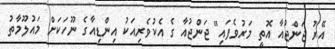
އޭރު ޖަންޖުއާ އޮތީ މަރުވެފައި" ޖަންޖުއާ ގެ އެކުވެރިއަކު އިންޑިއާގެ ނޫހަކަށް މައުލޫމާތު